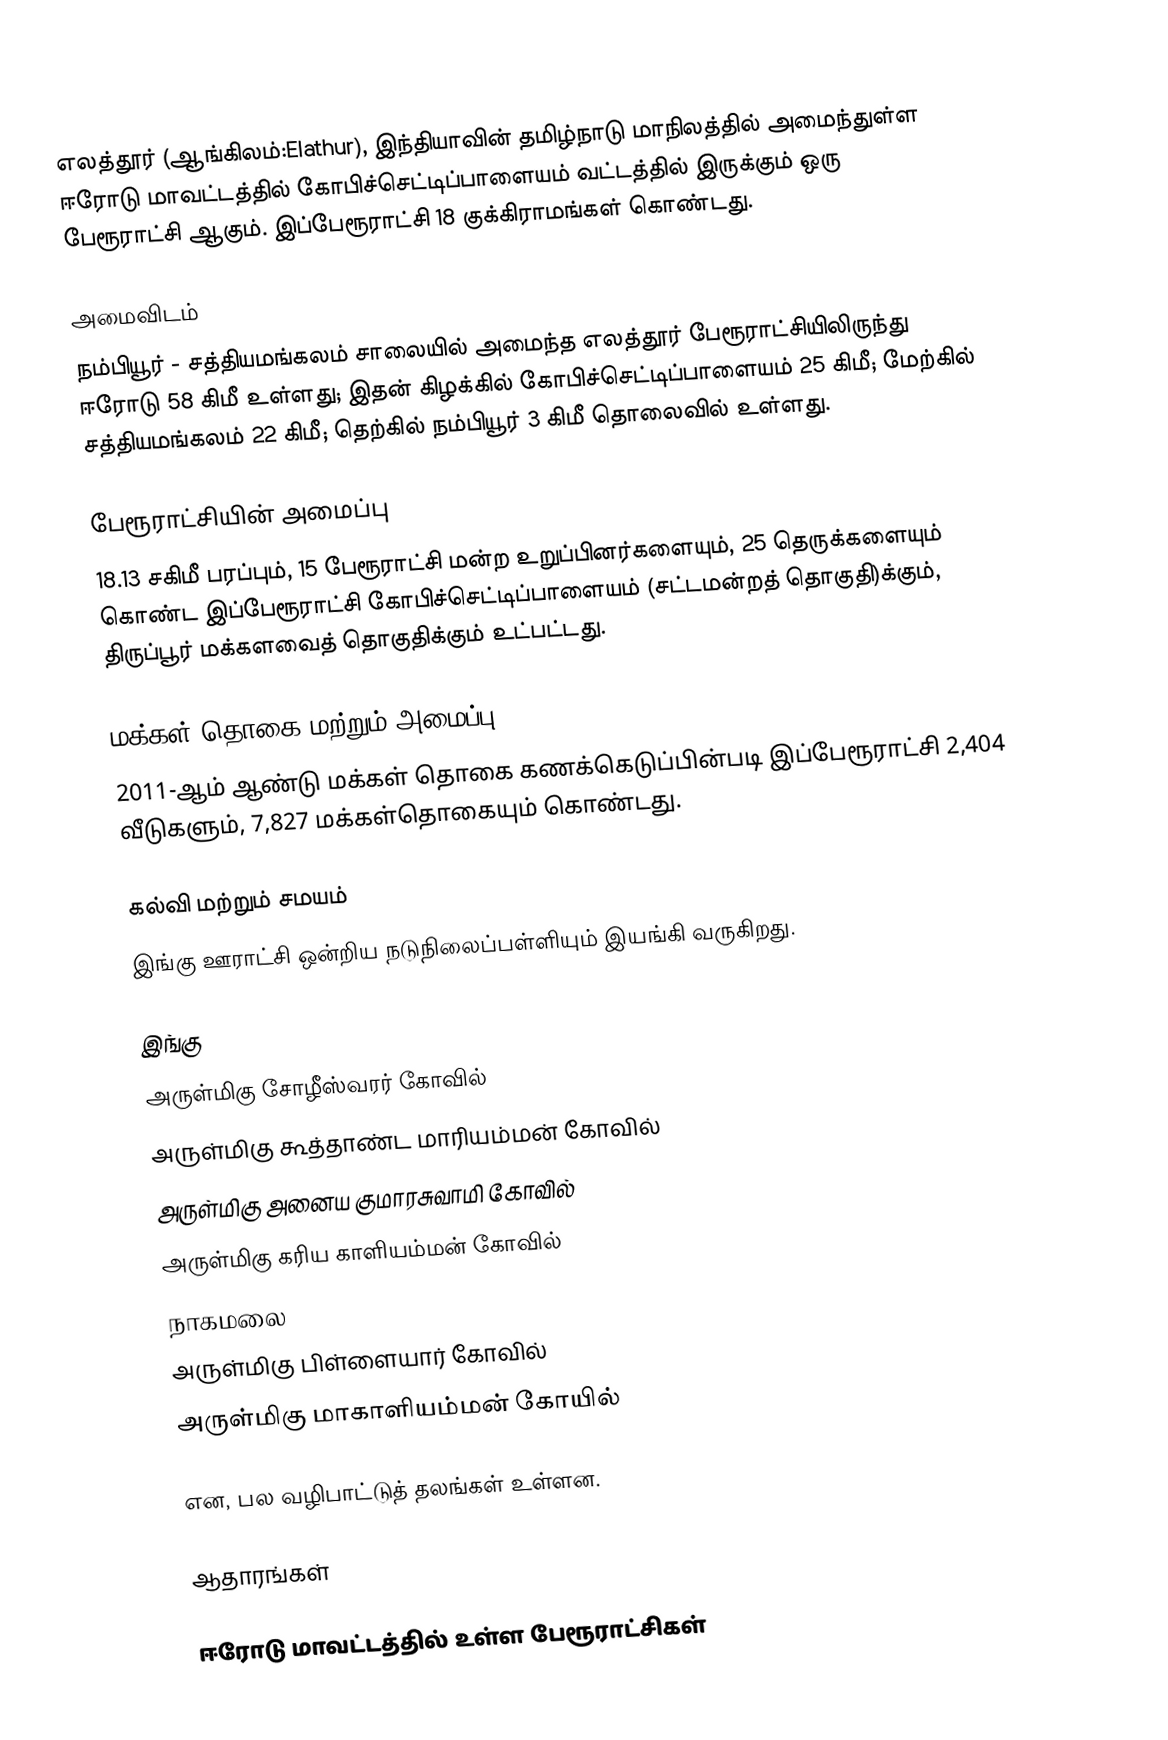
எலத்தூர் (ஆங்கிலம்:Elathur), இந்தியாவின் தமிழ்நாடு மாநிலத்தில் அமைந்துள்ள ஈரோடு மாவட்டத்தில் கோபிச்செட்டிப்பாளையம் வட்டத்தில் இருக்கும் ஒரு பேரூராட்சி ஆகும். இப்பேரூராட்சி 18 குக்கிராமங்கள் கொண்டது.

அமைவிடம்
நம்பியூர் - சத்தியமங்கலம் சாலையில் அமைந்த எலத்தூர் பேரூராட்சியிலிருந்து ஈரோடு 58 கிமீ உள்ளது; இதன் கிழக்கில் கோபிச்செட்டிப்பாளையம் 25 கிமீ; மேற்கில் சத்தியமங்கலம் 22 கிமீ; தெற்கில் நம்பியூர் 3 கிமீ  தொலைவில் உள்ளது.

பேரூராட்சியின் அமைப்பு
18.13 சகிமீ பரப்பும், 15 பேரூராட்சி மன்ற  உறுப்பினர்களையும், 25 தெருக்களையும் கொண்ட இப்பேரூராட்சி கோபிச்செட்டிப்பாளையம் (சட்டமன்றத் தொகுதி)க்கும், திருப்பூர் மக்களவைத் தொகுதிக்கும் உட்பட்டது.

மக்கள் தொகை மற்றும் அமைப்பு
2011-ஆம் ஆண்டு மக்கள் தொகை கணக்கெடுப்பின்படி  இப்பேரூராட்சி 2,404      வீடுகளும், 7,827 மக்கள்தொகையும் கொண்டது.

கல்வி மற்றும் சமயம்
இங்கு ஊராட்சி ஒன்றிய நடுநிலைப்பள்ளியும் இயங்கி வருகிறது.

இங்கு
அருள்மிகு சோழீஸ்வரர் கோவில்
அருள்மிகு கூத்தாண்ட மாரியம்மன் கோவில்
அருள்மிகு அனைய குமாரசுவாமி கோவில்
அருள்மிகு கரிய காளியம்மன் கோவில்
நாகமலை
அருள்மிகு பிள்ளையார் கோவில்
அருள்மிகு மாகாளியம்மன் கோயில்

என, பல வழிபாட்டுத் தலங்கள் உள்ளன.

ஆதாரங்கள்

ஈரோடு மாவட்டத்தில் உள்ள பேரூராட்சிகள்